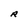
Character: R